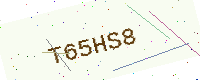
Text: T65HS8